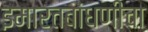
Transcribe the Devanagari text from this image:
इमारतबांधणीचा